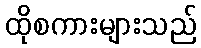
ထိုစကားများသည်